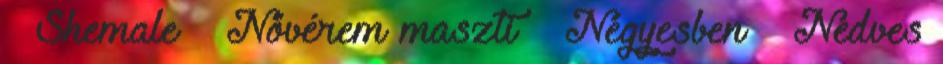
▪ Shemale ▪ Nővérem maszti ▪ Négyesben ▪ Nedves